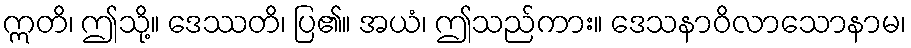
ဣတိ၊ ဤသို့။ ဒေဿတိ၊ ပြ၏။ အယံ၊ ဤသည်ကား။ ဒေသနာဝိလာသောနာမ၊